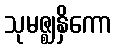
သုမဇ္ဈနှိကော